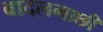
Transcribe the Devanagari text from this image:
बादलगाछी